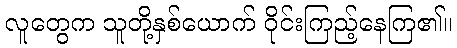
လူတွေက သူတို့နှစ်ယောက် ဝိုင်းကြည့်နေကြ၏။